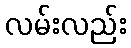
လမ်းလည်း